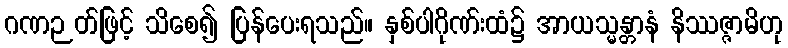
ဂဏဉတ်ဖြင့် သိစေ၍ ပြန်ပေးရသည်။ နှစ်ပါဂိုဏ်းထံ၌ အာယသ္မန္တာနံ နိဿဇ္ဇာမိဟု